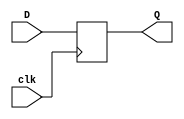
module DtypeFF(
    D, clk, Q
);

input D, clk;
output Q;
reg Q=0;

always@(posedge clk)begin
    Q <= D; 
end
endmodule